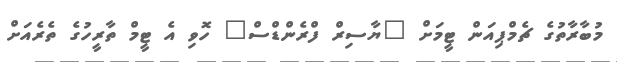
މުބާރާތުގެ ޗެމްޕިއަން ޓީމަށް "ޔާސިރް ފްރެންޑްސް" ހޮވި އެ ޓީމް ތާރީހުގެ ތެރެއަށް